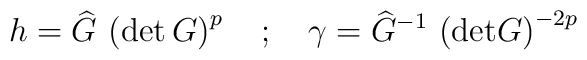
h= \widehat{G} \, \left( \mbox{det} \, G \right) ^p \quad ; \quad \gamma =  \widehat{G}^{-1} \, \left( \mbox{det} G \right) ^{-2p}